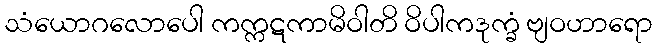
သံယောဂလောပေါ ကက္ကဋကာမိဝါတိ ဝိပါကဒုက္ခံ ဗျဝဟာရော